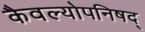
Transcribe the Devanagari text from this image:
कैवल्योपनिषद्